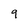
Character: 9